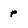
Character: p